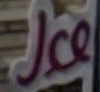
ICE